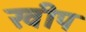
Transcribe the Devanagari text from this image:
खीप